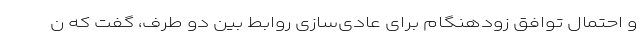
و احتمال توافق زودهنگام برای عادی‌سازی روابط بین دو طرف، گفت که ن